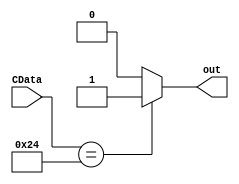
module MyComp(CData,out);
input [6:0] CData;
wire [6:0] CData;
output out;
reg out;
always @ (CData)
begin
	//compare value in register with 2
	if(CData == 7'b0100100)
		out <=1'b1;
	else
		out <=1'b0;
	end
endmodule